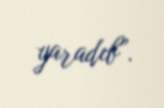
yaradıb”.